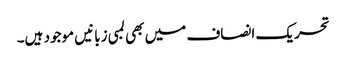
تحریک انصاف میں بھی لمبی زبانیں موجود ہیں۔